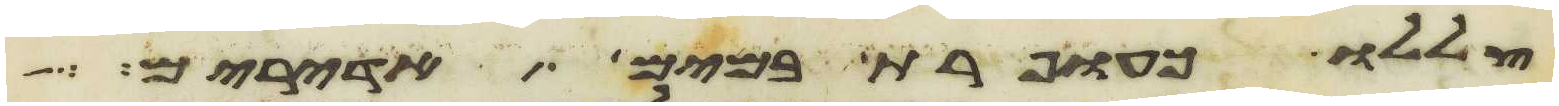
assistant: צללו כעופרת במים אדירים